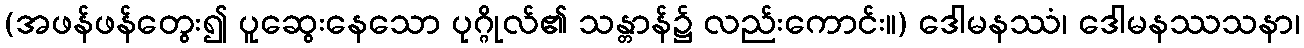
(အဖန်ဖန်တွေး၍ ပူဆွေးနေသော ပုဂ္ဂိုလ်၏ သန္တာန်၌ လည်းကောင်း။) ဒေါမနဿံ၊ ဒေါမနဿသနာ၊